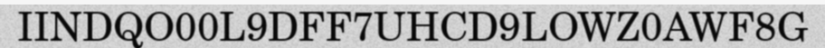
IINDQO00L9DFF7UHCD9LOWZ0AWF8G